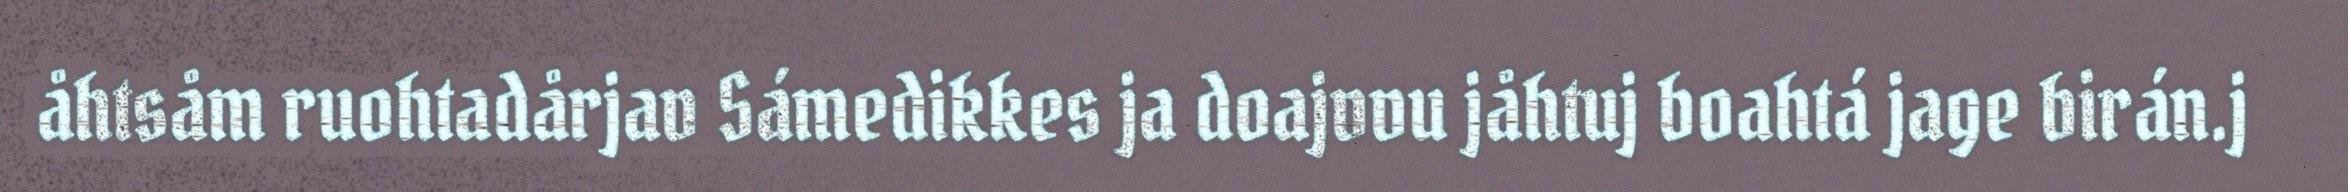
åhtsåm ruohtadårjav Sámedikkes ja doajvvu jåhtuj boahtá jage birán.j